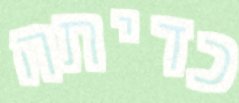
כדיתה